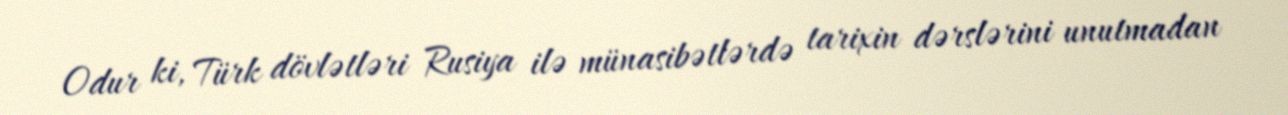
Odur ki, Türk dövlətləri Rusiya ilə münasibətlərdə tarixin dərslərini unutmadan